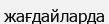
жағдайларда